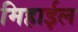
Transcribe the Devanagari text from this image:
मिहाईल